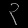
Digit: ၃